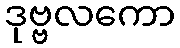
ဒုဗ္ဗလကော